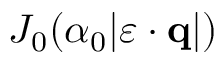
J _ { 0 } ( \alpha _ { 0 } | \boldsymbol { \varepsilon } \cdot { \mathbf { q } } | )